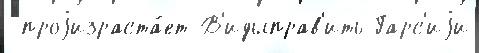
 проjизраста́ет В'идыправ'ить Гарс'иjи